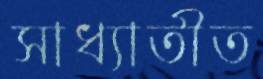
সাধ্যাতীত